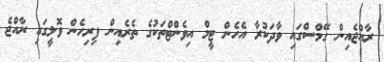
ރާއްޖެއިން ގޭމްސްގައި ވާދަކުރާ އެހެން ޓީމް އިވެންޓްތަކުގެ ތެރެއިން ފިރިހެން ވޮލީގައި ރާއްޖެ